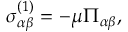
\begin{array} { r } { \sigma _ { \alpha \beta } ^ { ( 1 ) } = - \mu \Pi _ { \alpha \beta } , } \end{array}